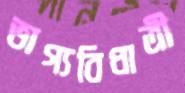
ভাগ্যবিধাত্রী